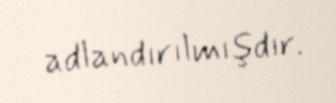
adlandırılmışdır.